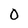
Character: O